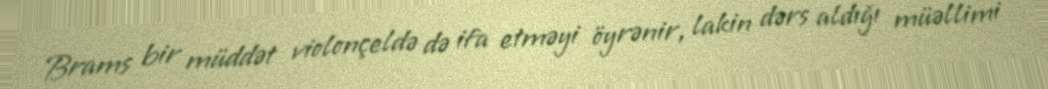
Brams bir müddət violonçeldə də ifa etməyi öyrənir, lakin dərs aldığı müəllimi